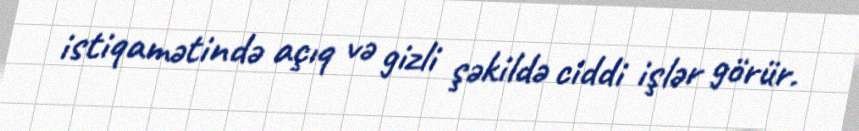
istiqamətində açıq və gizli şəkildə ciddi işlər görür.